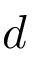
d